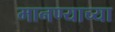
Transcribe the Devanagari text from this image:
मानण्याच्या